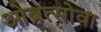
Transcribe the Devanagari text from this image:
ओब्रत्सोवा